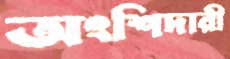
অংশিদারী